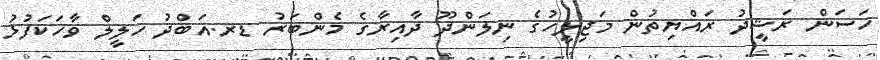
ހަސަން ރަޝީދު ރައްޔިތުން މަޖިލީހުގެ ނިލަންދޫ ދާއިރާގެ މެންބަރު ޑރ.އަބްދު ހަލީލް ވާހަކަފުޅު